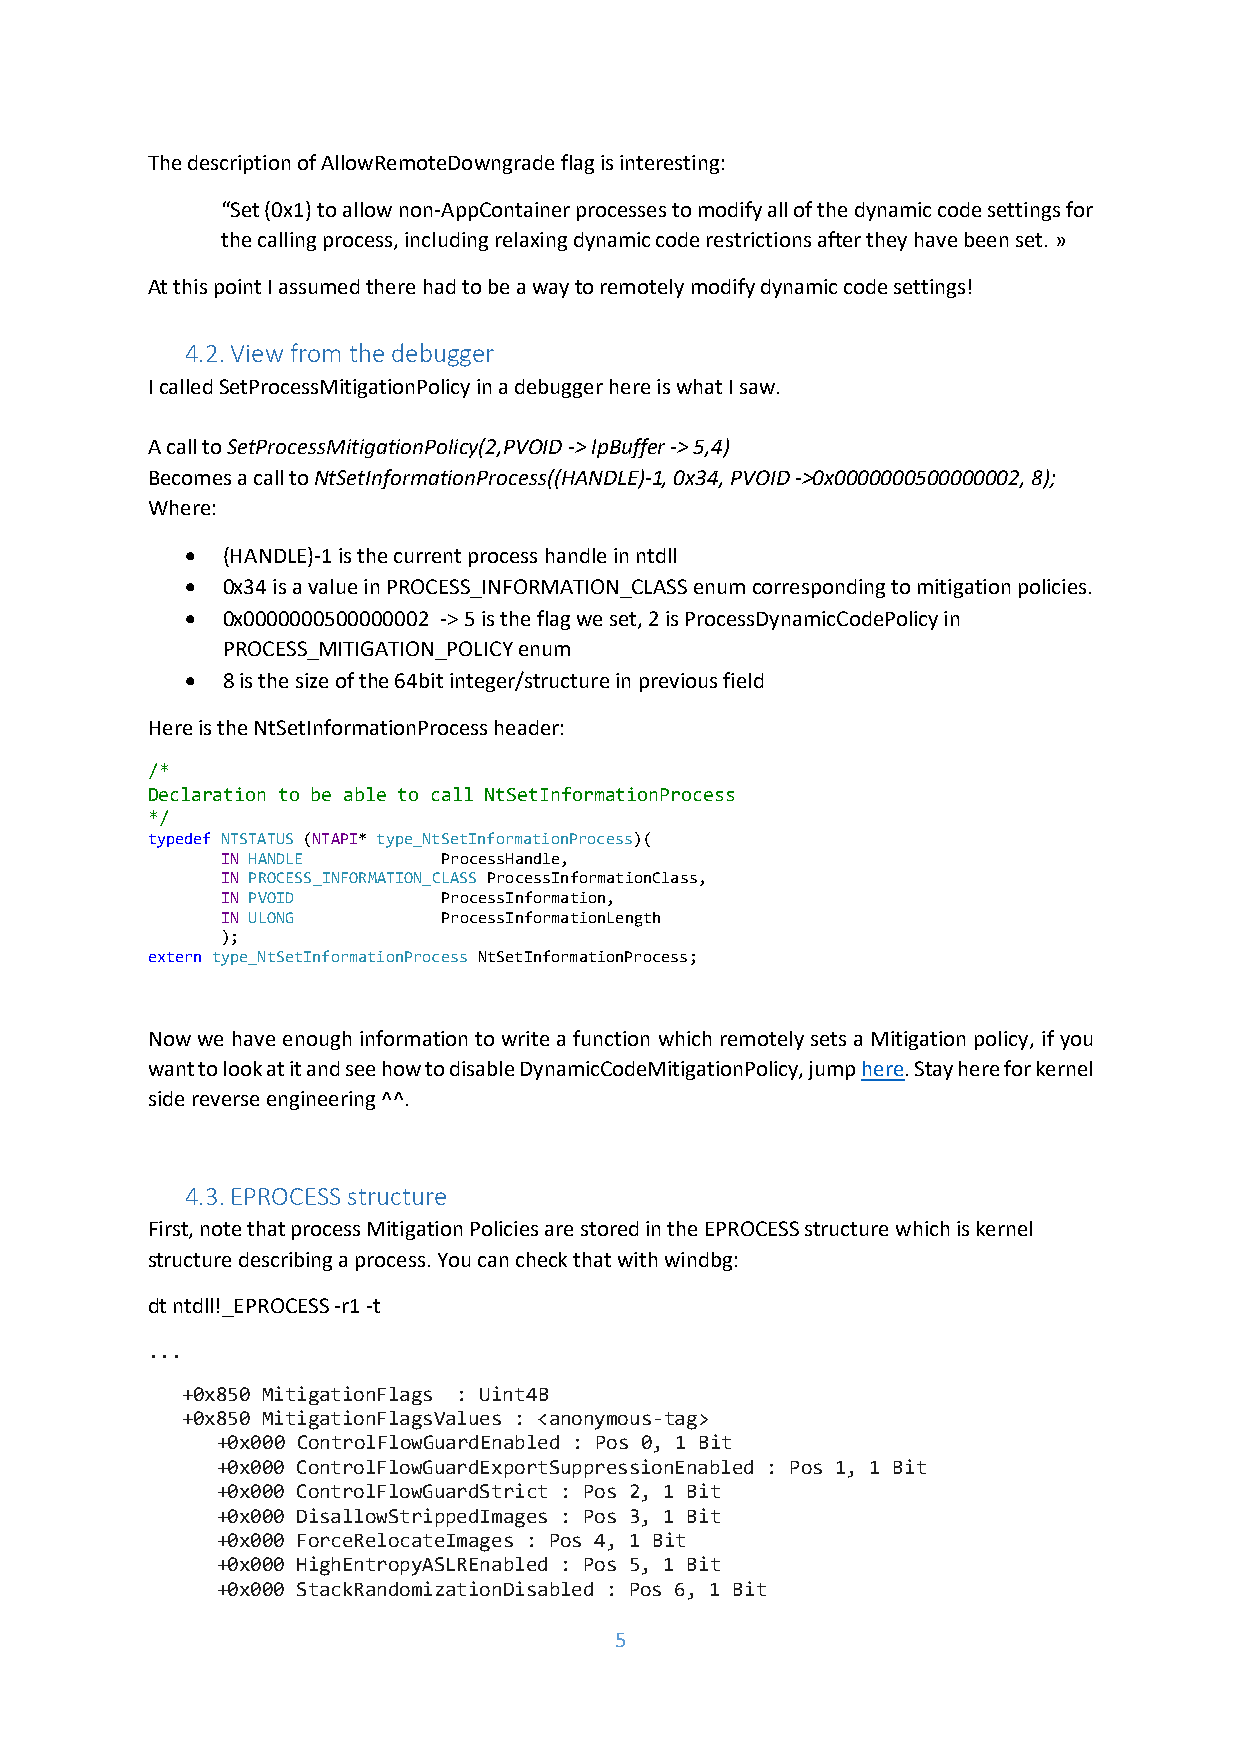
The description of AllowRemoteDowngrade flag is interesting:
 “Set (0x1) to allow non-AppContainer processes to modify all of the dynamic code settings for
 the calling process, including relaxing dynamic code restrictions after they have been set. »
 At this point I assumed there had to be a way to remotely modify dynamic code settings!
 4.2. View from the debugger
 I called SetProcessMitigationPolicy in a debugger here is what I saw.
 A call to SetProcessMitigationPolicy(2,PVOID -> lpBuffer -> 5,4)
 Becomes a call to NtSetInformationProcess((HANDLE)-1, 0x34, PVOID ->0x0000000500000002, 8);
 Where:
 •  (HANDLE)-1 is the current process handle in ntdll
 •  0x34 is a value in PROCESS_INFORMATION_CLASS enum corresponding to mitigation policies.
 •  0x0000000500000002 -> 5 is the flag we set, 2 is ProcessDynamicCodePolicy in
 PROCESS_MITIGATION_POLICY enum
 •  8 is the size of the 64bit integer/structure in previous field
 Here is the NtSetInformationProcess header:
 /*
 Declaration to be able to call NtSetInformationProcess
 */
 typedef NTSTATUS (NTAPI* type_NtSetInformationProcess)(
 IN HANDLE     ProcessHandle,
 IN PROCESS_INFORMATION_CLASS ProcessInformationClass,
 IN PVOID      ProcessInformation,
 IN ULONG      ProcessInformationLength
 );
 extern type_NtSetInformationProcess NtSetInformationProcess;
 Now we have enough information to write a function which remotely sets a Mitigation policy, if you
 want to look at it and see how to disable DynamicCodeMitigationPolicy, jump here. Stay here for kernel
 side reverse engineering ^^.
 4.3. EPROCESS structure
 First, note that process Mitigation Policies are stored in the EPROCESS structure which is kernel
 structure describing a process. You can check that with windbg:
 dt ntdll!_EPROCESS -r1 -t
 ...
 +0x850 MitigationFlags : Uint4B
 +0x850 MitigationFlagsValues : <anonymous-tag>
 +0x000 ControlFlowGuardEnabled : Pos 0, 1 Bit
 +0x000 ControlFlowGuardExportSuppressionEnabled : Pos 1, 1 Bit
 +0x000 ControlFlowGuardStrict : Pos 2, 1 Bit
 +0x000 DisallowStrippedImages : Pos 3, 1 Bit
 +0x000 ForceRelocateImages : Pos 4, 1 Bit
 +0x000 HighEntropyASLREnabled : Pos 5, 1 Bit
 +0x000 StackRandomizationDisabled : Pos 6, 1 Bit
 5